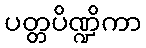
ပတ္တပိဏ္ဍိကာ